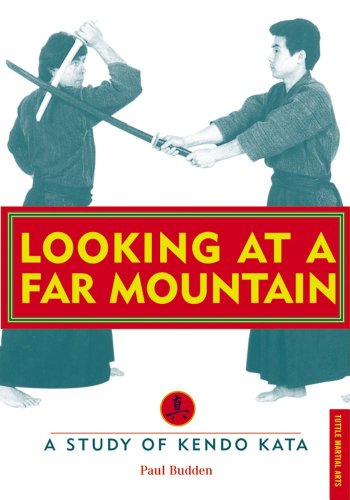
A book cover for Looking at a Far Mountain: A Study of Kendo Kata (Tuttle Martial Arts); Paul Budden; Sports & Outdoors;